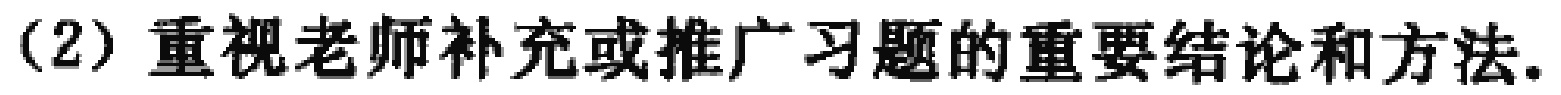
（2）重视老师补充或推广习题的重要结论和方法.